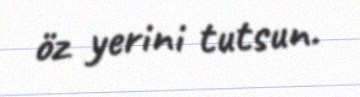
öz yerini tutsun.